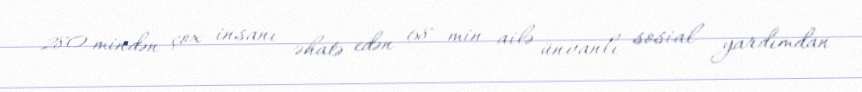
280 mindən çox insanı əhatə edən 68 min ailə ünvanlı sosial yardımdan